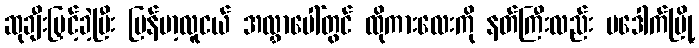
ဆုချီးမြှင့်ခဲ့ပြီး မြန်မာ့လူငယ် အလွှာပေါ်တွင် ထိုကားလေးကို နတ်ကြီးလည်း မဒေါက်မြို့